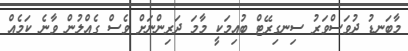
މާބަނޑު ދުވަސްވަރު ސިނގިރޭޓް ބުއިމަކީ މާމަ ދަރިންނަށް ވެސް ގެއްލުން ވާނެ ކަމެއް